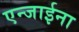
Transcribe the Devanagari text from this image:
एन्जाईना